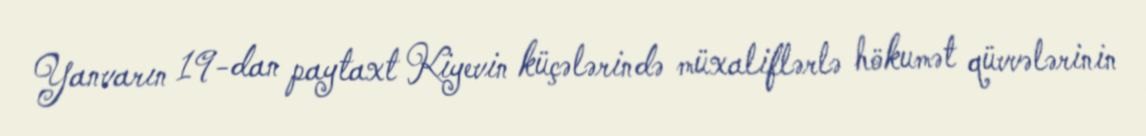
Yanvarın 19-dan paytaxt Kiyevin küçələrində müxaliflərlə hökumət qüvvələrinin